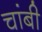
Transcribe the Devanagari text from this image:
चांबी